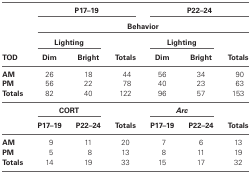
<table><thead><tr><td></td><td colspan="3"><b>P17–19</b></td><td colspan="3"><b>P22–24</b></td></tr><tr><td></td><td colspan="6"><b>Behavior</b></td></tr><tr><td></td><td colspan="2"><b>Lighting</b></td><td></td><td colspan="2"><b>Lighting</b></td></tr><tr><td><b>TOD</b></td><td><b>Dim</b></td><td><b>Bright</b></td><td><b>Totals</b></td><td><b>Dim</b></td><td><b>Bright</b></td><td><b>Totals</b></td></tr></thead><tbody><tr><td><b>AM</b></td><td>26</td><td>18</td><td>44</td><td>56</td><td>34</td><td>90</td></tr><tr><td><b>PM</b></td><td>56</td><td>22</td><td>78</td><td>40</td><td>23</td><td>63</td></tr><tr><td><b>Totals</b></td><td>82</td><td>40</td><td>122</td><td>96</td><td>57</td><td>153</td></tr><tr><td></td><td colspan="2"><b>CORT</b></td><td></td><td colspan="2"><b><i>Arc</i></b></td><td></td></tr><tr><td></td><td><b>P17–19</b></td><td><b>P22–24</b></td><td><b>Totals</b></td><td><b>P17–19</b></td><td><b>P22–24</b></td><td><b>Totals</b></td></tr><tr><td><b>AM</b></td><td>9</td><td>11</td><td>20</td><td>7</td><td>6</td><td>13</td></tr><tr><td><b>PM</b></td><td>5</td><td>8</td><td>13</td><td>8</td><td>11</td><td>19</td></tr><tr><td><b>Totals</b></td><td>14</td><td>19</td><td>33</td><td>15</td><td>17</td><td>32</td></tr></tbody></table>